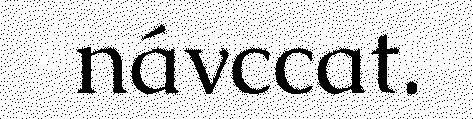
návccat.